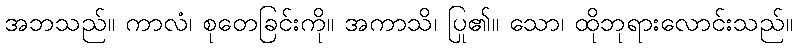
အဘသည်။ ကာလံ၊ စုတေခြင်းကို။ အကာသိ၊ ပြု၏။ သော၊ ထိုဘုရားလောင်းသည်။